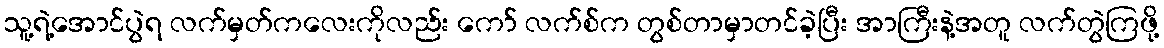
သူ့ရဲ့အောင်ပွဲရ လက်မှတ်ကလေးကိုလည်း ကော် လက်စ်က တွစ်တာမှာတင်ခဲ့ပြီး အာကြီးနဲ့အတူ လက်တွဲကြဖို့